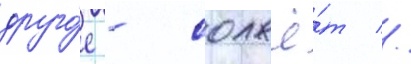
друго́е - солжё́т //